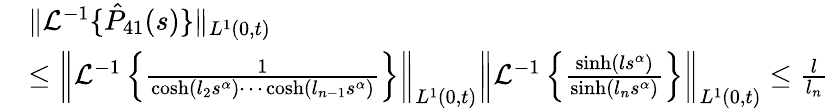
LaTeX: \begin{array}{rl}&{\| \mathcal{L}^{-1}\{ \hat{P}_{41}(s)\} \| _{L^{1}(0,t)}}\\ &{\leq\left\| \mathcal{L}^{-1}\left\{ \frac{1}{\cosh(l_{2}s^{\alpha})\cdots\cosh(l_{n-1}s^{\alpha})}\right\} \right\| _{L^{1}(0,t)}\left\| \mathcal{L}^{-1}\left\{ \frac{\sinh(ls^{\alpha})}{\sinh(l_{n}s^{\alpha})}\right\} \right\| _{L^{1}(0,t)}\leq\frac{l}{l_{n}}}\end{array}